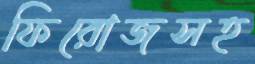
ফিরোজসহ